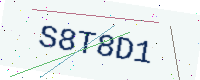
Text: S8T8D1